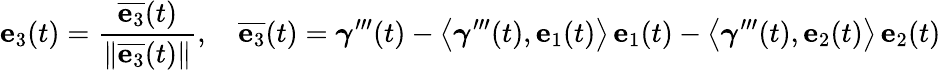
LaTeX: \mathbf{e}_{3}(t)={\frac{{\overline{{\mathbf{e}_{3}}}}(t)}{\| {\overline{{\mathbf{e}_{3}}}}(t)\| }},\quad{\overline{{\mathbf{e}_{3}}}}(t)={\boldsymbol{\gamma}}^{\prime\prime\prime}(t)-{\bigr\langle}{\boldsymbol{\gamma}}^{\prime\prime\prime}(t),\mathbf{e}_{1}(t){\bigr\rangle}\, \mathbf{e}_{1}(t)-{\bigl\langle}{\boldsymbol{\gamma}}^{\prime\prime\prime}(t),\mathbf{e}_{2}(t){\bigr\rangle}\, \mathbf{e}_{2}(t)